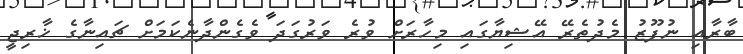
ބާރާއި ނުފޫޒު މެދުތެރޭ އޭޝިޔާގައި މިހާރަށް ވުރެ ވަރުގަދަ ވެގެންދާނެކަމަށް ޗައިނާގެ ޚާރިޖީ